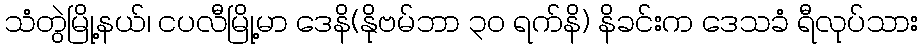
သံတွဲမြို့နယ်၊ ငပလီမြို့မာ ဒေနိ(နိုဗမ်ဘာ ၃၀ ရက်နိ) နိခင်းက ဒေသခံ ရီလုပ်သား